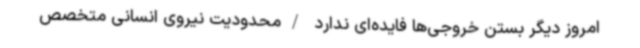
امروز دیگر بستن خروجی‌ها فایده‌ای ندارد /محدودیت نیروی انسانی متخصص